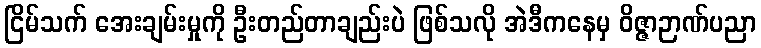
ငြိမ်သက် အေးချမ်းမှုကို ဦးတည်တာချည်းပဲ ဖြစ်သလို အဲဒီကနေမှ ဝိဇ္ဇာဉာဏ်ပညာ